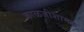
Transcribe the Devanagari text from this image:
काळजीशामक